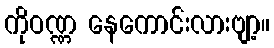
ကိုဝဏ္ဏ နေကောင်းလားဗျာ့။